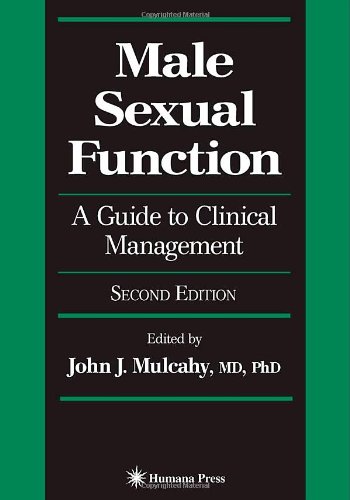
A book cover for Male Sexual Function: A Guide to Clinical Management (Current Clinical Urology); Health, Fitness & Dieting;